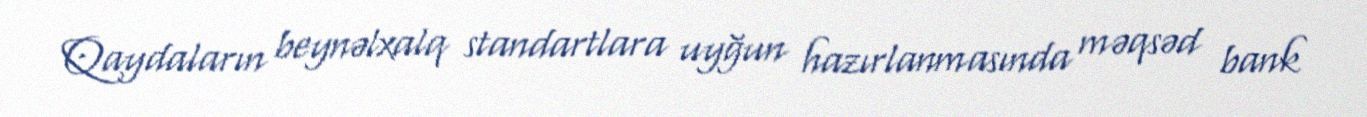
Qaydaların beynəlxalq standartlara uyğun hazırlanmasında məqsəd bank